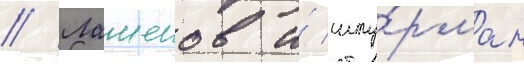
// Лашенов и́ шту́рман